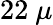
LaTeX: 22\ \mu